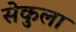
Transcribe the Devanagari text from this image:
सेकुला